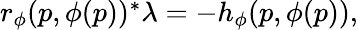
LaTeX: \begin{array}{r}{r_{\phi}(p,\phi(p))^{*}\lambda=-h_{\phi}(p,\phi(p)),}\end{array}